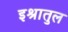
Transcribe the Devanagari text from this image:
इश्रातुल